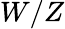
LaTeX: W/Z